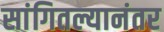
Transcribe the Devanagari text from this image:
सांगितल्यानंतर